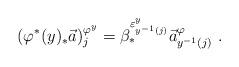
LaTeX: \begin{align*}(\varphi^\ast(y)_\ast\vec a)^{\varphi^y}_j= \beta^{\varepsilon^y_{y^{-1}(j)}}_\ast\vec a^\varphi_{y^{-1}(j)}\ .\end{align*}